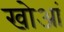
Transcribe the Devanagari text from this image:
खोआं